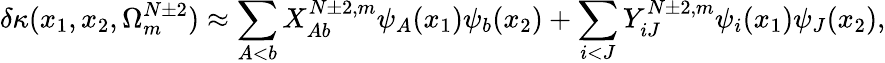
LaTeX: \delta\kappa(x_{1},x_{2},\Omega_{m}^{N\pm 2})\approx\sum_{A<b}X_{Ab}^{N\pm 2,m}\psi_{A}(x_{1})\psi_{b}(x_{2})+\sum_{i<J}Y_{iJ}^{N\pm 2,m}\psi_{i}(x_{1})\psi_{J}(x_{2}),